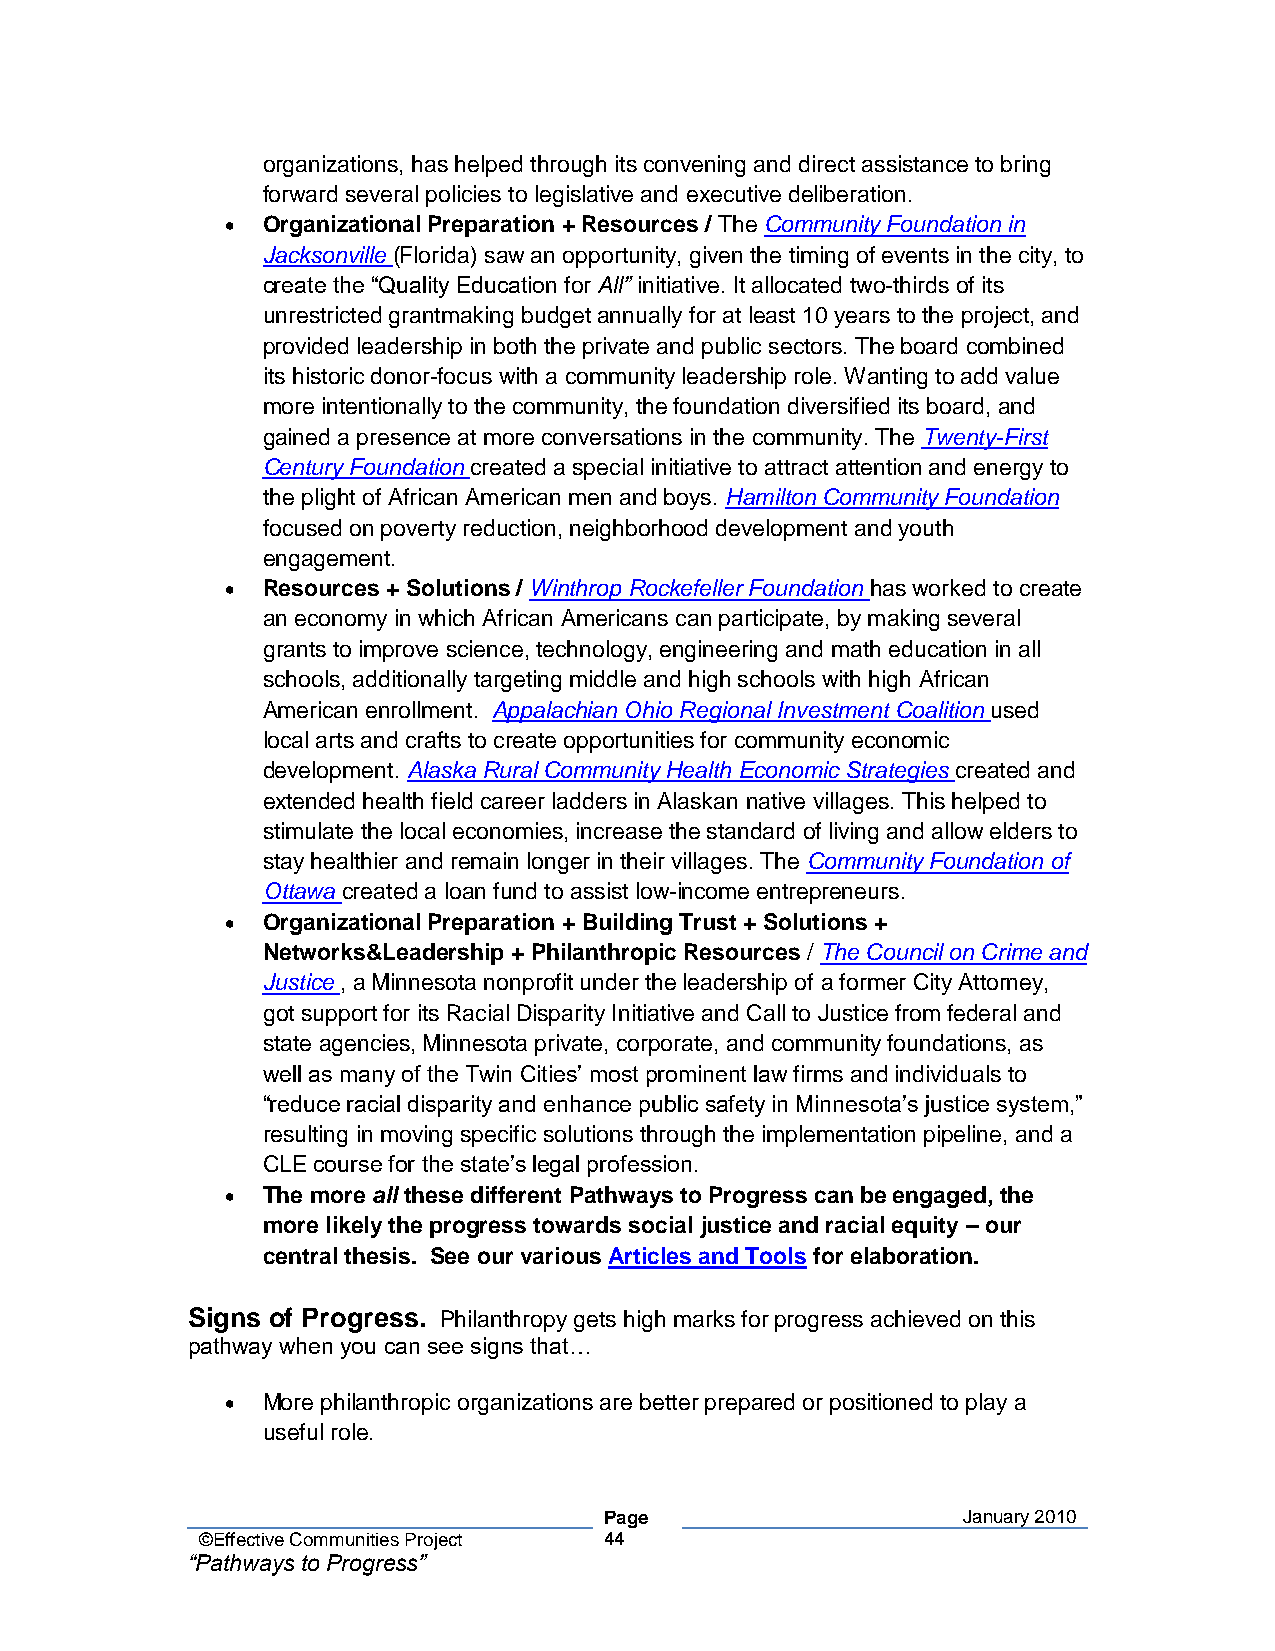
organizations, has helped through its convening and direct assistance to bring
 forward several policies to legislative and executive deliberation.
 • Organizational Preparation + Resources / The Community Foundation in
 Jacksonville (Florida) saw an opportunity, given the timing of events in the city, to
 create the “Quality Education for All” initiative. It allocated two-thirds of its
 unrestricted grantmaking budget annually for at least 10 years to the project, and
 provided leadership in both the private and public sectors. The board combined
 its historic donor-focus with a community leadership role. Wanting to add value
 more intentionally to the community, the foundation diversified its board, and
 gained a presence at more conversations in the community. The Twenty-First
 Century Foundation created a special initiative to attract attention and energy to
 the plight of African American men and boys. Hamilton Community Foundation
 focused on poverty reduction, neighborhood development and youth
 engagement.
 • Resources + Solutions / Winthrop Rockefeller Foundation has worked to create
 an economy in which African Americans can participate, by making several
 grants to improve science, technology, engineering and math education in all
 schools, additionally targeting middle and high schools with high African
 American enrollment. Appalachian Ohio Regional Investment Coalition used
 local arts and crafts to create opportunities for community economic
 development. Alaska Rural Community Health Economic Strategies created and
 extended health field career ladders in Alaskan native villages. This helped to
 stimulate the local economies, increase the standard of living and allow elders to
 stay healthier and remain longer in their villages. The Community Foundation of
 Ottawa created a loan fund to assist low-income entrepreneurs.
 • Organizational Preparation + Building Trust + Solutions +
 Networks&Leadership + Philanthropic Resources / The Council on Crime and
 Justice , a Minnesota nonprofit under the leadership of a former City Attorney,
 got support for its Racial Disparity Initiative and Call to Justice from federal and
 state agencies, Minnesota private, corporate, and community foundations, as
 well as many of the Twin Cities’ most prominent law firms and individuals to
 “reduce racial disparity and enhance public safety in Minnesota’s justice system,”
 resulting in moving specific solutions through the implementation pipeline, and a
 CLE course for the state’s legal profession.
 • The more all these different Pathways to Progress can be engaged, the
 more likely the progress towards social justice and racial equity – our
 central thesis. See our various Articles and Tools for elaboration.
 Signs of Progress. Philanthropy gets high marks for progress achieved on this
 pathway when you can see signs that…
 • More philanthropic organizations are better prepared or positioned to play a
 useful role.
 Page                    January 2010
 ©Effective Communities Project 44
 “Pathways to Progress”